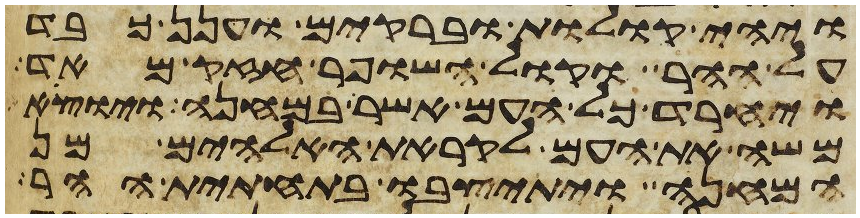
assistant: ויהי קולות וברקים וענן כבד
על ההר וקול השופר חזק מאד
ויחרד כל העם אשר במחנה ויוצא
משה את העם לקראת האלהים מן
המחנה ויתיצבו בתחתית ההר